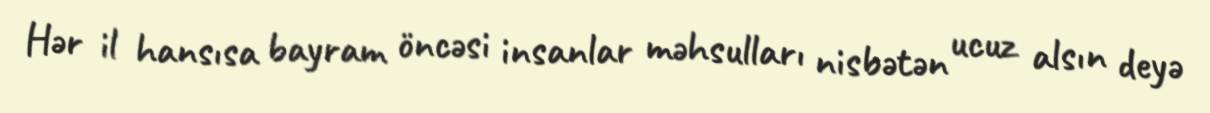
Hər il hansısa bayram öncəsi insanlar məhsulları nisbətən ucuz alsın deyə